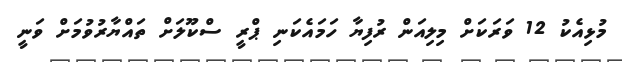
މުޅިއެކު 12 ވަރަކަށް މިލިއަން ރުފިޔާ ހަމައެކަނި ޕްރީ ސްކޫލަށް ތައްޔާރުވުމަށް ވަނީ